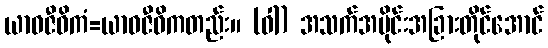
ယာဝဇီဝိကံ=ယာဝဇီဝိကတည်း။ (ဝါ) အသက်အပိုင်းအခြားတိုင်အောင်